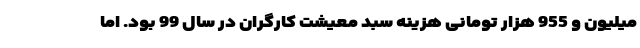
میلیون و 955 هزار تومانی هزینه سبد معیشت کارگران در سال 99 بود. اما